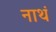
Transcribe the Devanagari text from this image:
नाथं